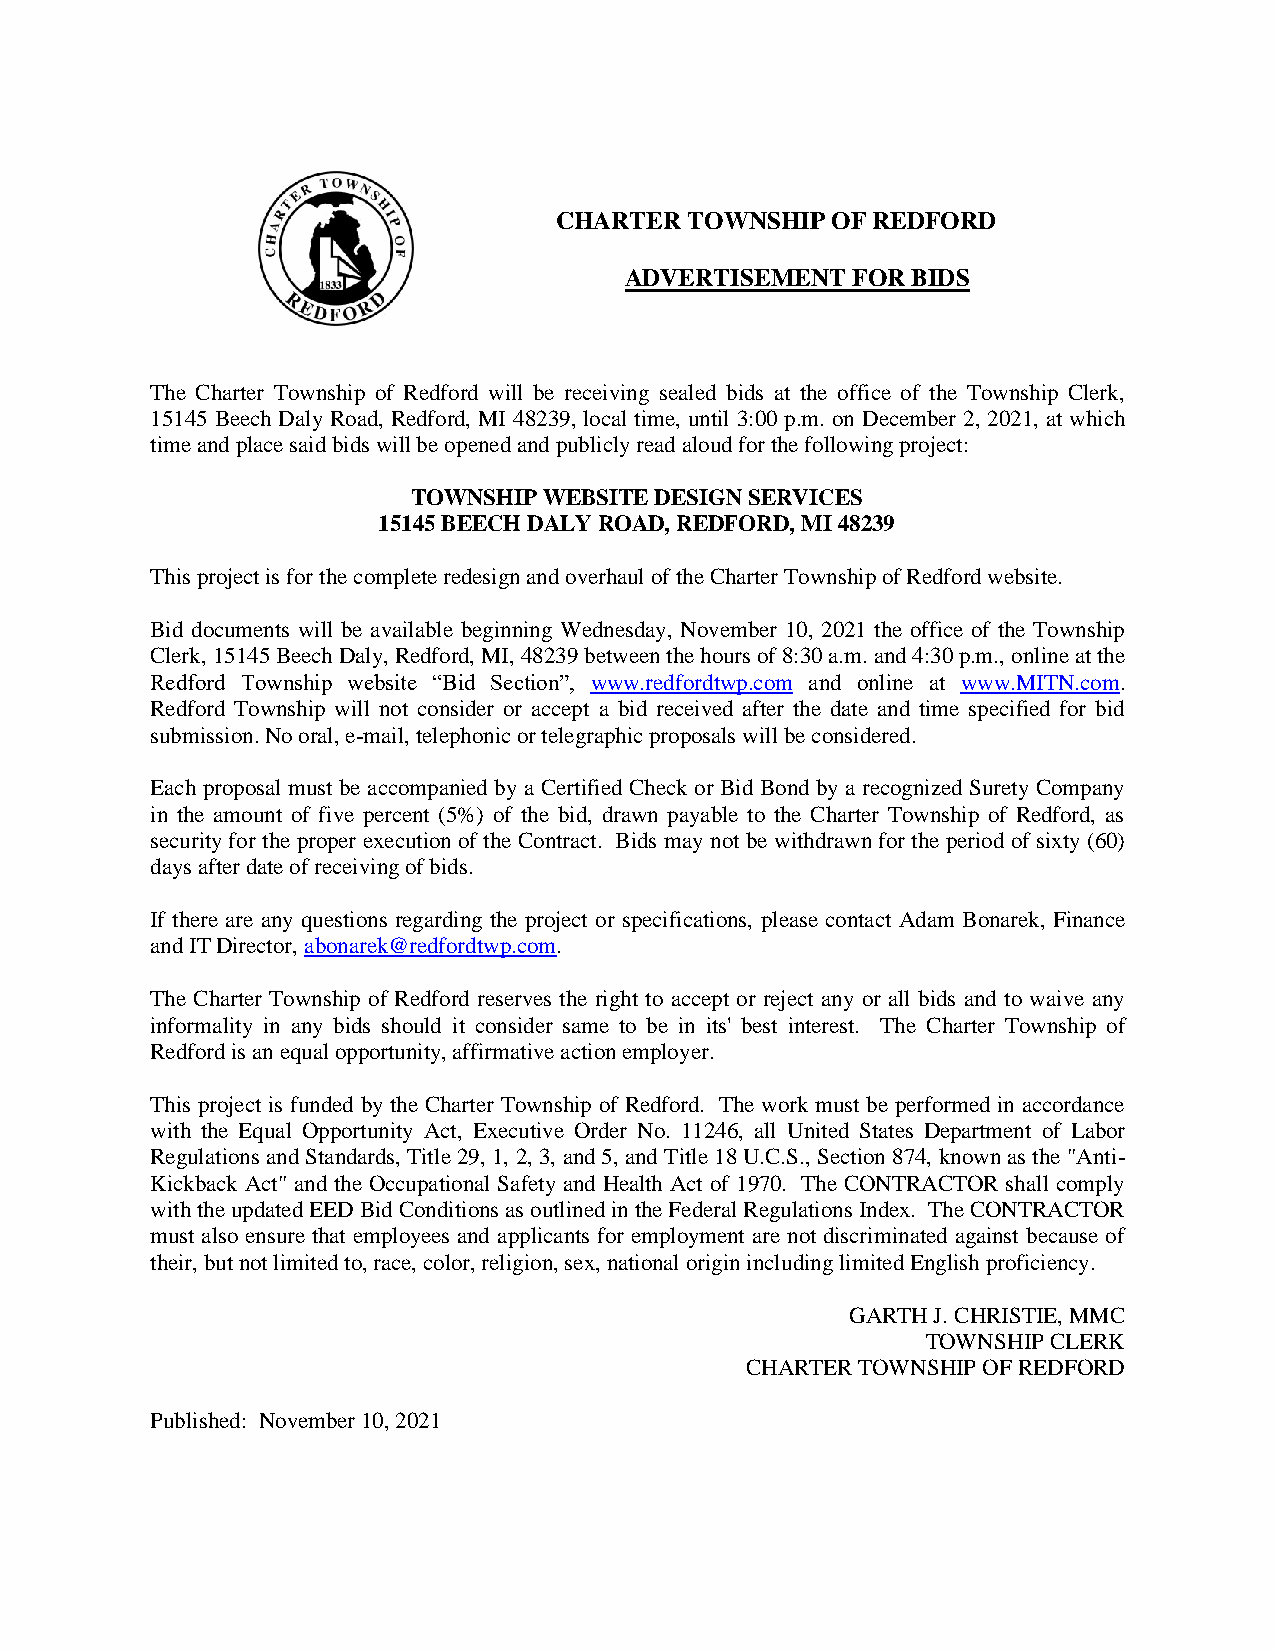
CHARTER  TOWNSHIP OF REDFORD
 ADVERTISEMENT  FOR BIDS
 The Charter Township of Redford will be receiving sealed bids at the office of the Township Clerk,
 15145 Beech Daly Road, Redford, MI 48239, local time, until 3:00 p.m. on December 2, 2021, at which
 time and place said bids will be opened and publicly read aloud for the following project:
 TOWNSHIP WEBSITE DESIGN SERVICES
 15145 BEECH DALY ROAD, REDFORD, MI 48239
 This project is for the complete redesign and overhaul of the Charter Township of Redford website.
 Bid documents will be available beginning Wednesday, November 10, 2021 the office of the Township
 Clerk, 15145 Beech Daly, Redford, MI, 48239 between the hours of 8:30 a.m. and 4:30 p.m., online at the
 Redford Township website “Bid Section”, www.redfordtwp.com and online at www.MITN.com.
 Redford Township will not consider or accept a bid received after the date and time specified for bid
 submission. No oral, e-mail, telephonic or telegraphic proposals will be considered.
 Each proposal must be accompanied by a Certified Check or Bid Bond by a recognized Surety Company
 in the amount of five percent (5%) of the bid, drawn payable to the Charter Township of Redford, as
 security for the proper execution of the Contract. Bids may not be withdrawn for the period of sixty (60)
 days after date of receiving of bids.
 If there are any questions regarding the project or specifications, please contact Adam Bonarek, Finance
 and IT Director, abonarek@redfordtwp.com.
 The Charter Township of Redford reserves the right to accept or reject any or all bids and to waive any
 informality in any bids should it consider same to be in its' best interest. The Charter Township of
 Redford is an equal opportunity, affirmative action employer.
 This project is funded by the Charter Township of Redford. The work must be performed in accordance
 with the Equal Opportunity Act, Executive Order No. 11246, all United States Department of Labor
 Regulations and Standards, Title 29, 1, 2, 3, and 5, and Title 18 U.C.S., Section 874, known as the "Anti-
 Kickback Act" and the Occupational Safety and Health Act of 1970. The CONTRACTOR shall comply
 with the updated EED Bid Conditions as outlined in the Federal Regulations Index. The CONTRACTOR
 must also ensure that employees and applicants for employment are not discriminated against because of
 their, but not limited to, race, color, religion, sex, national origin including limited English proficiency.
 GARTH J. CHRISTIE, MMC
 TOWNSHIP CLERK
 CHARTER TOWNSHIP OF REDFORD
 Published: November 10, 2021